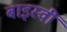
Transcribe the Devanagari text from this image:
बाइस्वीं